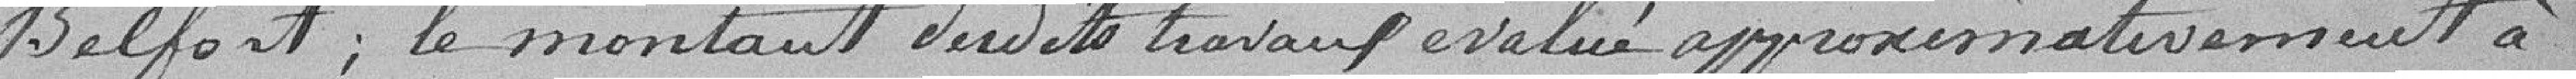
Belfort ; le montant desdits travaux évalué approximativement à